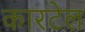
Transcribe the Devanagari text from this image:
कारटेल